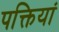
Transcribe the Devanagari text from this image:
पक्तियां